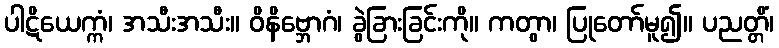
ပါဋိယေက္ကံ၊ အသီးအသီး။ ဝိနိဗ္ဘောဂံ၊ ခွဲခြားခြင်းကို။ ကတွာ၊ ပြုတော်မူ၍။ ပညတ္တိံ၊